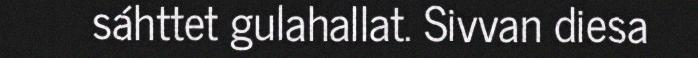
sáhttet gulahallat. Sivvan diesa